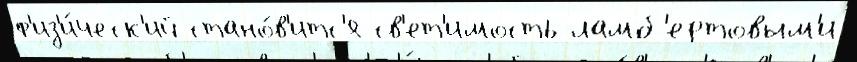
ф'из'и́ческ'ий стано́в'итс'я св'ет'имость ламб'ертовым'и